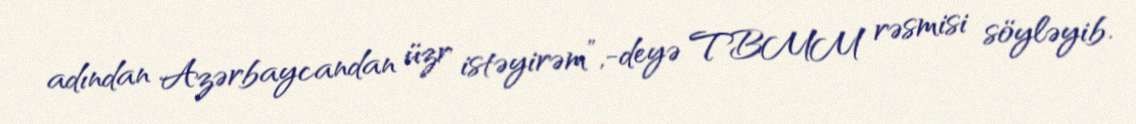
adından Azərbaycandan üzr istəyirəm”,-deyə TBMM rəsmisi söyləyib.